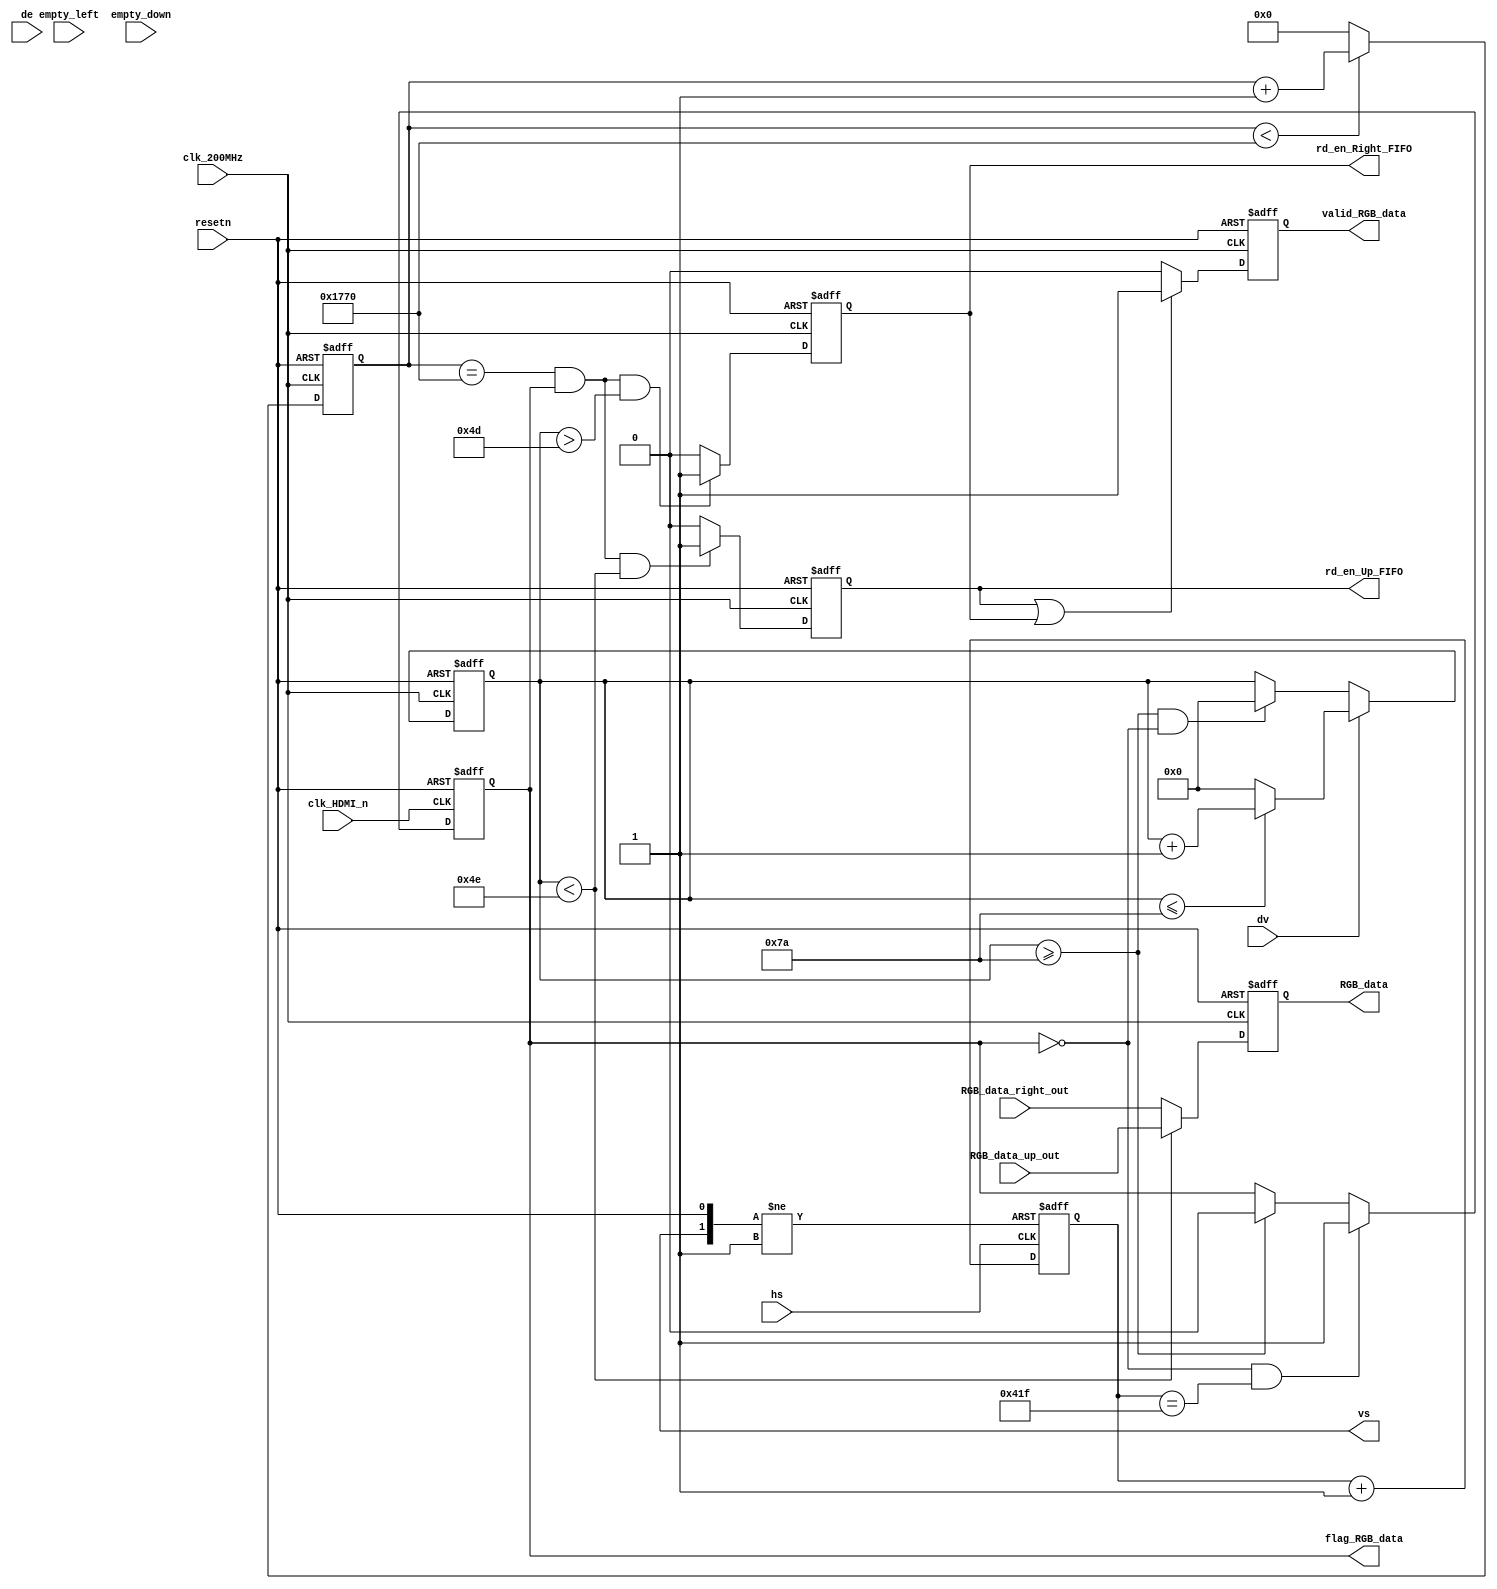
`timescale 1ns / 1ps
//////////////////////////////////////////////////////////////////////////////////
// Company: 
// Engineer: 
// 
// Design Name: 
// Module Name: Left_Down_FIFO_control
// Project Name: 
// Target Devices: 
// Tool Versions: 
// Description: 
// 
// Dependencies: 
// 
// Revision:
// Revision 0.01 - File Created
// Additional Comments:
// 
//////////////////////////////////////////////////////////////////////////////////


module Right_Up_FIFO_control
(
    input wire clk_200MHz,
    input wire clk_HDMI_n,
    input wire resetn,
    input wire  hs,
    output wire vs,
    input  wire  empty_left,
    input  wire  empty_down,
    input  wire  de,

    input wire [23:0]   RGB_data_right_out,
    input wire [23:0]   RGB_data_up_out,
    input  wire         dv,
    output reg         rd_en_Right_FIFO,
    output reg         rd_en_Up_FIFO,
    output reg [23:0]  RGB_data,
    output reg         valid_RGB_data,
    output wire         flag_RGB_data
);

reg [12:0] count_hs;
reg start_flag;//
// reg flag_hs;
reg [15:0] count_30us;
reg [7:0] count_RGB;
reg     start_out_RGB;

assign flag_RGB_data = start_out_RGB;

always @(negedge clk_HDMI_n or negedge resetn) 
begin
    if(~resetn)
    begin
        start_flag <= 'd0;
    end    
    else
    begin
        if(vs)
        begin
            start_flag <= 'd0;
        end
        else
        begin
            if(de   & ~hs)
            begin
                start_flag <= 1 'b1;
            end
        end
    end
end

// always @(negedge clk_HDMI_n or negedge resetn) 
// begin
//     if(~resetn)
//     begin
//         flag_hs <= 'd0;
//     end
//     else
//     begin
//         if( hs &  ~flag_hs)
//         begin
//             flag_hs <=   1'b1;
//         end
//         else
//         begin
//              flag_hs <= 'd0;
//         end
//     end
// end

always @(posedge hs or negedge resetn or posedge vs) 
begin
    if(~resetn)
    begin
        count_hs <= 'd0;
    end
    else
    begin
        if(vs)
        begin
            count_hs <= 'd0;
        end
        else
        begin
            if(hs)
                count_hs <= count_hs + 1'b1;
        end

    end
end

always @(posedge clk_200MHz or negedge resetn) 
begin
    if(~resetn)
    begin
        count_30us <= 'd0;
    end
    else
    begin
        if(count_30us < 6000)
        begin
            count_30us <= count_30us + 1'b1;
        end
        else
        begin
            count_30us <= 'd0;
        end
    end
end

// always @(negedge clk_HDMI_n or negedge resetn) 
// begin
//     if(~resetn)
//     begin
//         start_out_RGB <= 'd0;
//     end
//     else
//     begin
//         if(~start_out_RGB )//
//         begin
//             if(count_hs == 1055)
//             begin
//                 start_out_RGB <= 1'b1;
//             end
//         end
//         else 
//         begin
//             if(count_RGB >= 122)
//             begin
//                 start_out_RGB <= 'd0;
//             end
//         end

//     end
// end
always @(negedge clk_HDMI_n or negedge resetn) 
begin
    if(~resetn)
    begin
        start_out_RGB <= 'd0;
    end
    else
    begin
        if(~start_out_RGB & count_hs == 1055)//
        begin
            start_out_RGB <= 1'b1;
        end
        else 
        begin
            if(count_RGB >= 122)
            begin
                start_out_RGB <= 'd0;
            end
        end

    end
end





always @(posedge clk_200MHz or negedge resetn) 
begin
    if(~resetn)
    begin
        count_RGB <= 'd0;
    end
    else
    begin
        if(dv)
        begin
            if(count_RGB <= 122)
            begin
                count_RGB <= count_RGB + 1'b1;
            end
            else
            begin
                count_RGB <= 'd0;
            end
        end
        else
        begin
            if(count_RGB >= 122 & (~start_out_RGB))
            begin
                count_RGB <= 'd0;
            end
        end
    end
end


always @(posedge clk_200MHz or negedge resetn) begin
    if(~resetn)
    begin
        rd_en_Right_FIFO <= 'd0;

    end
    else
    begin
        if(count_30us == 6000 & start_out_RGB & count_RGB > 77)
        begin
            rd_en_Right_FIFO <= 1'b1;
        end
        else
        begin
            rd_en_Right_FIFO <= 'd0;
        end  
    end
  
end

always @(posedge clk_200MHz or negedge resetn) begin
    if(~resetn)
    begin
        rd_en_Up_FIFO <= 'd0;

    end
    else
    begin
        if(count_30us == 6000 & start_out_RGB & count_RGB < 78)
        begin
            rd_en_Up_FIFO <= 1'b1;
        end
        else
        begin
            rd_en_Up_FIFO <= 'd0;
        end
    end
end
//

always @(posedge clk_200MHz or negedge resetn) begin
    if(~resetn)
    begin
        valid_RGB_data <= 'd0;

    end
    else
    begin
        if(rd_en_Up_FIFO | rd_en_Right_FIFO)
        begin
            valid_RGB_data <= 1'b1;
        end
        else
        begin
            valid_RGB_data <= 'd0;
        end
    end    
end

// always @(posedge clk_200MHz or negedge resetn) 
// begin
//     if(~resetn)
//     begin
//         flag_RGB_data <= 'd0;

//     end
//     else
//     begin
//         if(rd_en_Right_FIFO)
//         begin

//             if(count_RGB == 'd0 & count_hs >= 1055)
//                 flag_RGB_data <= 1'b1;  //
//             else
//             begin
//                 if( count_hs < 1055 & empty_down )
//                 begin
//                     flag_RGB_data <= 'd0;
//                 end
//             end
//         end
//         else
//         begin
//             if(count_RGB >= 122 & count_30us == 6000)
//             begin
//                  flag_RGB_data <= 'd0;
//             end
//         end

//     end    
// end
always @(posedge clk_200MHz or negedge resetn) begin
    if(~resetn)
    begin
        RGB_data <= 'd0;
    end
    else
    begin
        if(count_RGB < 78)
        begin
            RGB_data <= RGB_data_up_out;
        end
        else
        begin
            RGB_data <=  RGB_data_right_out;
        end
    end
    
    
end


endmodule